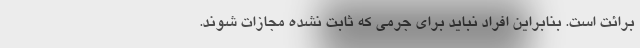
برائت است. بنابراین افراد نباید برای جرمی که ثابت نشده مجازات شوند.